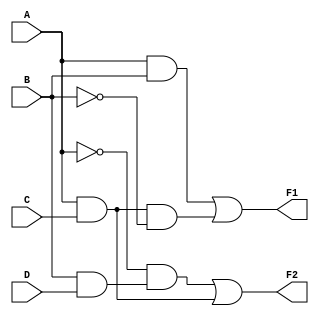
module combinational_logic(
    input wire A,
    input wire B,
    input wire C,
    input wire D,
    output wire F1,
    output wire F2
);

// Intermediate signals for shared sub-expressions
wire AB;         // A AND B
wire AC;         // A AND C
wire BD;         // B AND D
wire notA;       // NOT A
wire notB;       // NOT B

// Level 1: Compute shared sub-expressions
assign AB = A & B;          // AND operation
assign AC = A & C;          // AND operation
assign BD = B & D;          // AND operation
assign notA = ~A;           // NOT operation
assign notB = ~B;           // NOT operation

// Level 2: Compute output functions using simplified expressions
assign F1 = AB | (AC & notB); // F1 = (A AND B) OR (A AND C AND NOT B)
assign F2 = (notA & BD) | (A & C); // F2 = (NOT A AND B AND D) OR (A AND C)

endmodule